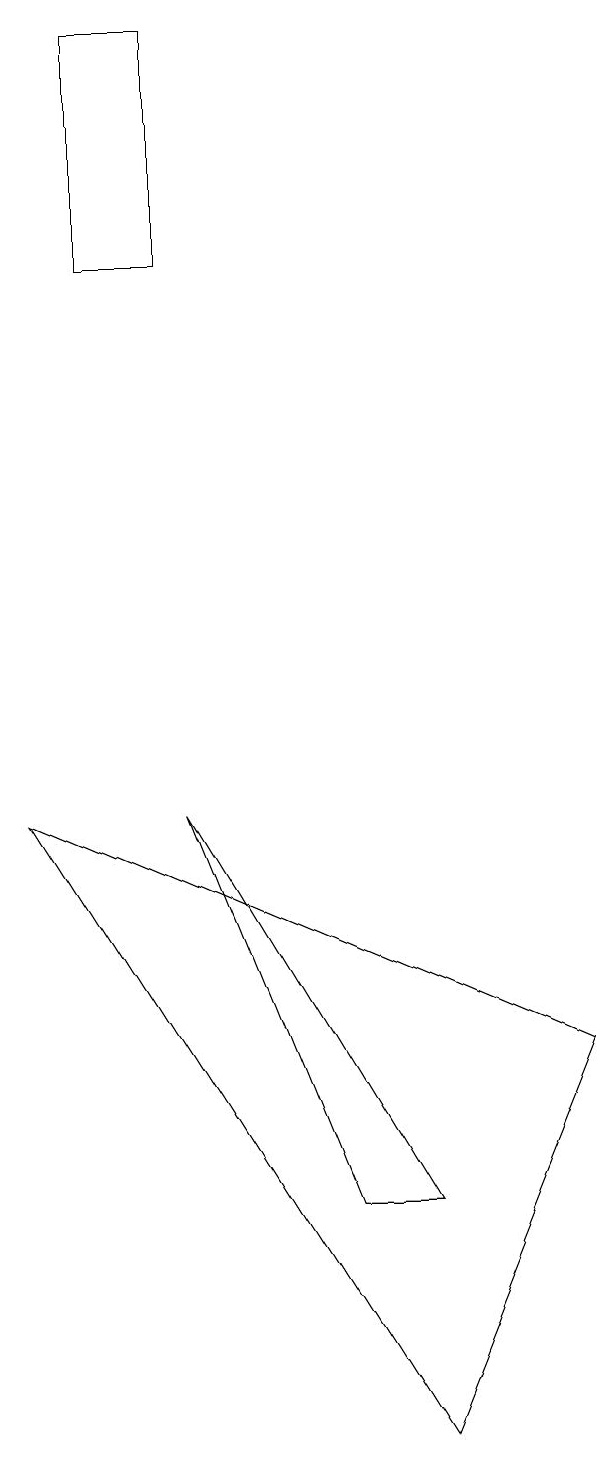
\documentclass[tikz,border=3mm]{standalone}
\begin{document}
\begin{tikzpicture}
\draw (2,19) rectangle (1,16);
\draw (2,9) -- (4,4) -- (5,4) -- cycle;
\draw (5,1) -- (7,6) -- (0,9) -- cycle;
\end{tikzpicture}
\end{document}